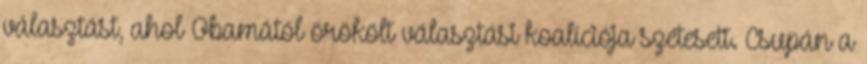
választást, ahol Obamától örökölt választási koalíciója szétesett. Csupán a